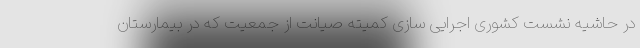
در حاشیه نشست کشوری اجرایی سازی کمیته صیانت از جمعیت که در بیمارستان